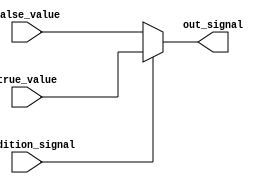
module conditional_assignment (
    input wire condition_signal,  // Input condition signal
    input wire [7:0] true_value,  // Value assigned if condition_signal is true
    input wire [7:0] false_value,  // Value assigned if condition_signal is false
    output reg [7:0] out_signal    // Output signal
);

// Continuous assignment using ternary operator
always @* begin
    out_signal = (condition_signal) ? true_value : false_value;
end

endmodule